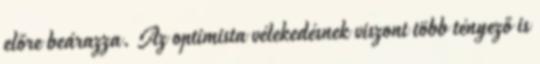
előre beárazza. Az optimista vélekedésnek viszont több tényező is